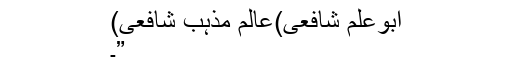
ابوعَلَم شافعی)عالمِ مذہب ِشافعی)
”۔